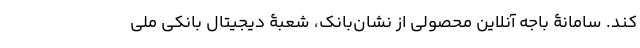
کند. سامانۀ باجه آنلاین محصولی از نشان‌بانک، شعبۀ دیجیتال بانکی ملی